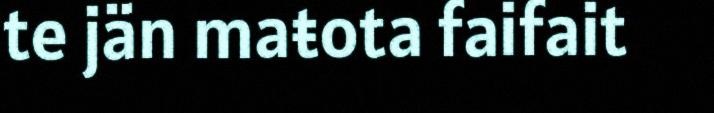
te jän maŧota faifait